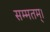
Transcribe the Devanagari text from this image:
सम्मतम्।